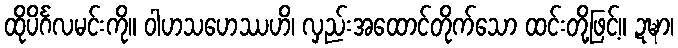
ထိုပိင်္ဂလမင်းကို။ ဝါဟသဟေဿဟိ၊ လှည်းအထောင်တိုက်သော ထင်းတို့ဖြင့်။ ဍဍ္ဎာ၊